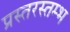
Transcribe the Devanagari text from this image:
प्रस्तरस्तम्भ